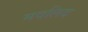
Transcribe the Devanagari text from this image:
मवलिद